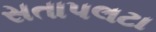
સતાપલટા